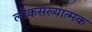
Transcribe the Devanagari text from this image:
लोकसंख्यात्मक